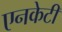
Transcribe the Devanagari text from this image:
एनकेटी